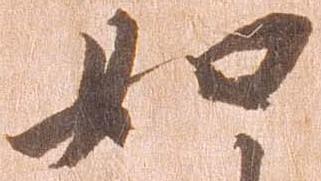
如